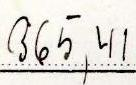
365,41